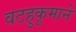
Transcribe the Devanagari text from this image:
वटहुकूमाने